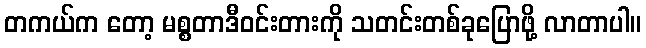
တကယ်က တော့ မစ္စတာဒီဝင်းတားကို သတင်းတစ်ခုပြောဖို့ လာတာပါ။